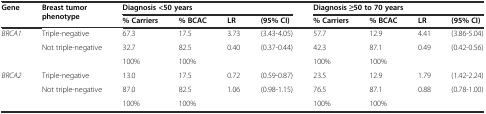
<table><thead><tr><td rowspan="2"><b>Gene</b></td><td rowspan="2"><b>Breast tumor phenotype</b></td><td colspan="4"><b>Diagnosis &lt;50 years</b></td><td colspan="4"><b>Diagnosis ≥50 to 70 years</b></td></tr><tr><td><b>% Carriers</b></td><td><b>% BCAC</b></td><td><b>LR</b></td><td><b>(95% CI)</b></td><td><b>% Carriers</b></td><td><b>% BCAC</b></td><td><b>LR</b></td><td><b>(95% CI)</b></td></tr></thead><tbody><tr><td rowspan="3"><i>BRCA1</i></td><td>Triple-negative</td><td>67.3</td><td>17.5</td><td>3.73</td><td>(3.43-4.05)</td><td>57.7</td><td>12.9</td><td>4.41</td><td>(3.86-5.04)</td></tr><tr><td>Not triple-negative</td><td>32.7</td><td>82.5</td><td>0.40</td><td>(0.37-0.44)</td><td>42.3</td><td>87.1</td><td>0.49</td><td>(0.42-0.56)</td></tr><tr><td></td><td>100%</td><td>100%</td><td></td><td></td><td>100%</td><td>100%</td><td></td><td></td></tr><tr><td rowspan="3"><i>BRCA2</i></td><td>Triple-negative</td><td>13.0</td><td>17.5</td><td>0.72</td><td>(0.59-0.87)</td><td>23.5</td><td>12.9</td><td>1.79</td><td>(1.42-2.24)</td></tr><tr><td>Not triple-negative</td><td>87.0</td><td>82.5</td><td>1.06</td><td>(0.98-1.15)</td><td>76.5</td><td>87.1</td><td>0.88</td><td>(0.78-1.00)</td></tr><tr><td></td><td>100%</td><td>100%</td><td></td><td></td><td>100%</td><td>100%</td><td></td><td></td></tr></tbody></table>